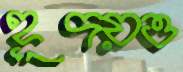
হূদয়ও